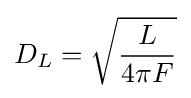
D_{L}={\sqrt {\frac {L}{4\pi F}}}